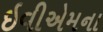
ઇવીએમના